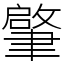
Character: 𦘦